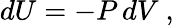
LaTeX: dU=-P\, dV\ ,